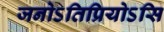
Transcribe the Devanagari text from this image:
जनोऽतिप्रियोऽसि